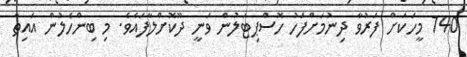
740 މީހަކަށް ފަރުވާ ދިނުމަށްފަހު ހޮސްޕިޓަލުން ވަނީ ދޫކޮށްލާފައެވެ. މި ބިންހެލުން އައިތާ